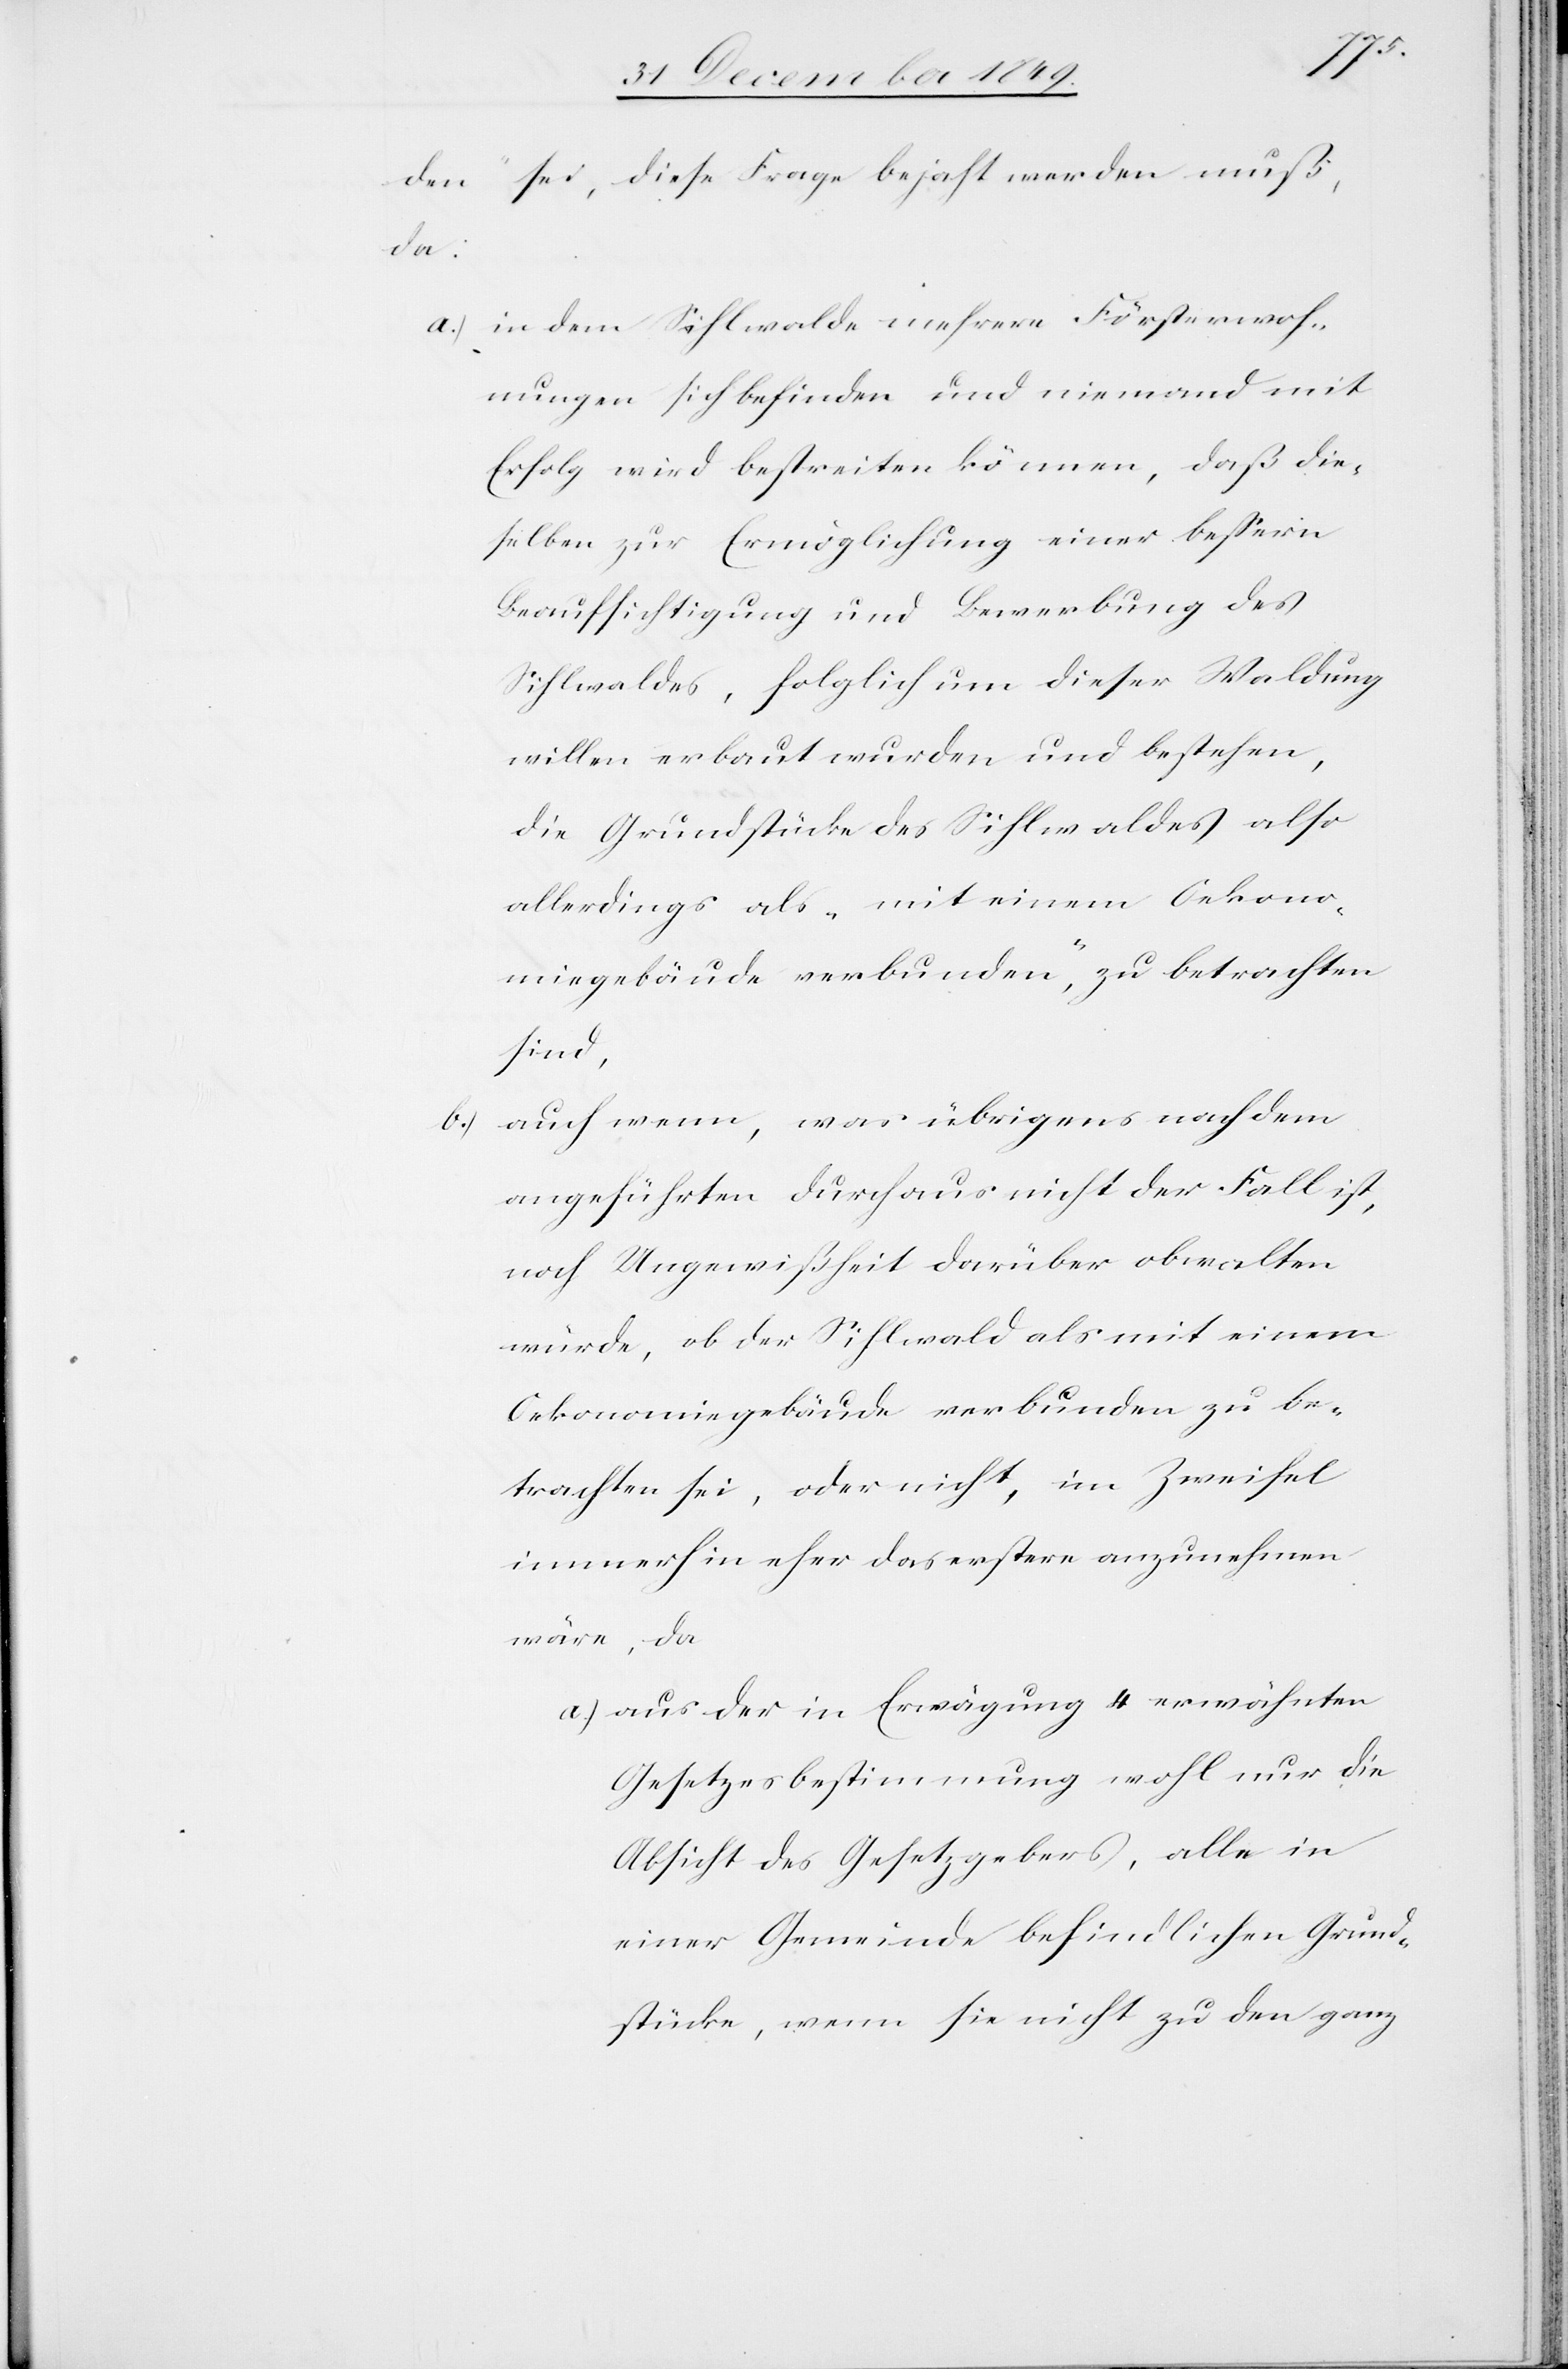
den“ sei, diese Frage bejaht werden müße:
a) in dem Sihlwalde mehrere Försterwoh¬
nungen sich befinden und niemand mit
Erfolg wird bestreiten können, daß die¬
selben zur Ermöglichung einer beßern
Beaufsichtigung und Bewerbung des
Sihlwaldes, folglich um dieser Waldung
willen erbaut wurden und bestehen,
die Grundstücke des Sihlwaldes also
allerdings als „mit einem Oekono¬
miegebäude verbunden,“ zu betrachten
sind,
6.) auch wenn, was übrigens nach dem
angeführten durchaus nicht der Fall ist,
noch Ungewißheit darüber obwalten
würde, ob der Sihlwald als mit einem
Oekonomiegebäude verbunden zu be¬
trachten sei, oder nicht, im Zweifel
immerhin eher das erstere anzunehmen
wäre, da
a) aus der im Erwägung 4 erwähnten
Gesetzesbestimmung wohl nur die
Absicht des Gesetzgebers, alle in
einer Gemeinde befindlichen Grund¬
stücke, wenn sie nicht zu den ganz